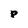
Character: p